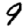
Digit: 9